Vaccination in the Punjab 1919-1929 - 1919-1929
Year: 1919
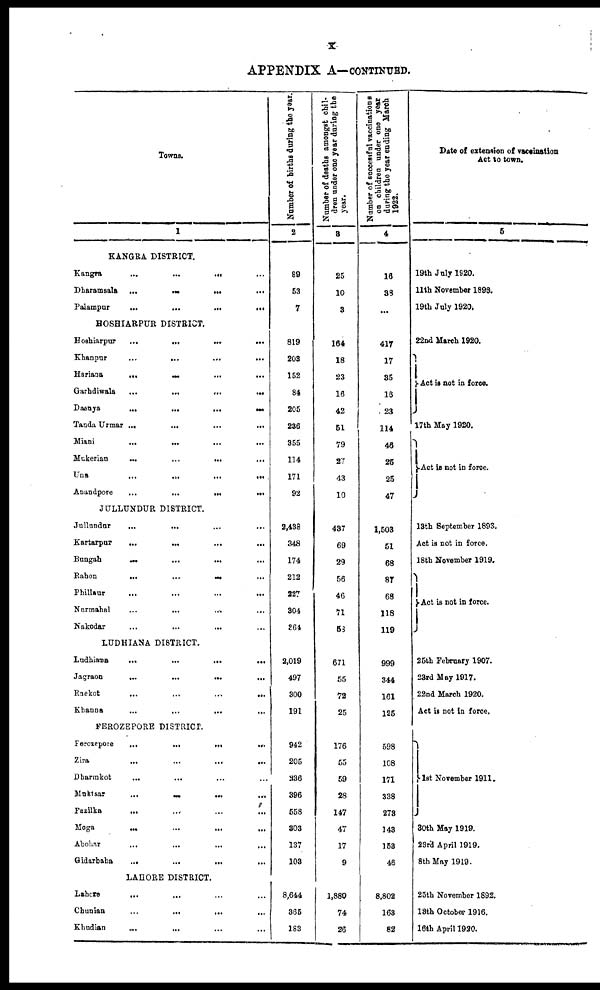
x
APPENDIX A—CONTINUED.
Towns.
1
KANGRA DISTRICT.
Kangra
...
... ... ...
Dharamsala
...
...
...
...
Palampur
...
...
...
...
HOSHIARPUR DISTRICT.
Hoshiarpur
...
...
...
...
Khanpur
...
...
...
...
Hariana
...
...
...
...
Garhdiwala
...
...
...
...
Dasuya
...
...
...
...
Tanda Urmar ...
...
...
...
Miani
...
...
...
...
Mukerian
...
...
...
...
Una
...
...
...
...
Anandpore
...
...
...
...
JULLUNDUR DISTRICT.
Jullundur
...
... ... ...
Kartarpur
...
...
...
...
Bungah ... ... ... ...
Rahon
...
...
...
...
Phillaur ... ... ... ...
Nurmahal ... ... ... ... ...
Nakodar ... ... ... ...
LUDHIANA DISTRICT.
Ludhiana
...
...
...
...
Jagraon
...
...
...
...
Raekot ... ... ... ...
Khanna
...
...
...
...
FEROZEPORE DISTRICT.
Ferozepore
...
...
...
...
Zira ... ... ... ...
Dharmkot
...
... ... ...
Muktsar
...
...
...
...
Fazilka ... ... ... ...
Moga ... ... ... ...
Abohar
...
...
...
...
Gidarbaha
...
...
...
...
LAHORE DISTRICT.
Lahore
... ... ... ...
Chunian
...
...
... ...
Khudian
...
... ... ...
Number of births during the year.
2
89
53
7
819
203
152
84
205
236
355
114
171
92
2,438
348
174
212
227
304
364
2,019
497
300
191
942
205
336
396
558
303
137
103
8,644
365
183
Number of deaths amongst chil-
dren under one year during the
year.
3
25
10
3
164
18
23
16
42
51
79
27
43
10
437
69
29
56
46
71
53
671
55
72
25
176
55
59
28
147
47
17
9
1,880
74
26
Number of successful vaccination
on children under one year
during the year ending March
1922.
4
16
38
...
417
17
35
16
23
114
46
25
25
47
1,503
51
68
87
68
118
119
999
344
161
125
598
108
171
338
278
143
158
46
8,802
168
82
Date of extension of vaccination
Act to town.
5
19th July 1920.
11th November 1893.
19th July 1920.
22nd March 1920.
Act is not in force.
17th May 1920.
Act is not in force.
13th September 1893.
Act is not in force.
18th November 1919.
Act is not in force.
25th February 1907.
23rd May 1917.
22nd March 1920.
Act is not in force.
1st November 1911.
30th May 1919.
23rd April 1919.
8th May 1919.
25th November 1892.
18th October 1916.
16th April 1920.